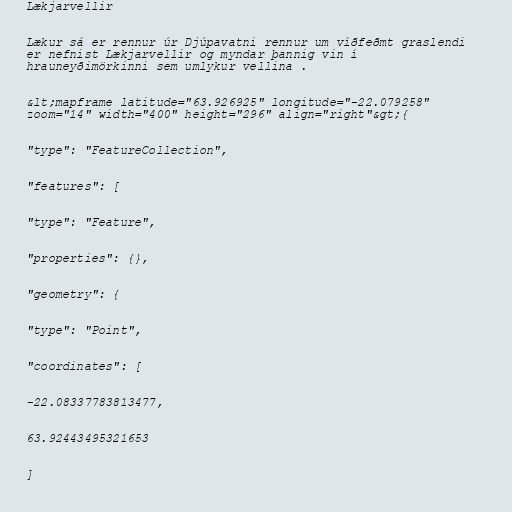
Lækjarvellir

Lækur sá er rennur úr Djúpavatni rennur um víðfeðmt graslendi
er nefnist Lækjarvellir og myndar þannig vin í
hrauneyðimörkinni sem umlykur vellina .

&lt;mapframe latitude="63.926925" longitude="-22.079258"
zoom="14" width="400" height="296" align="right"&gt;{

"type": "FeatureCollection",

"features": [

"type": "Feature",

"properties": {},

"geometry": {

"type": "Point",

"coordinates": [

-22.08337783813477,

63.92443495321653

]